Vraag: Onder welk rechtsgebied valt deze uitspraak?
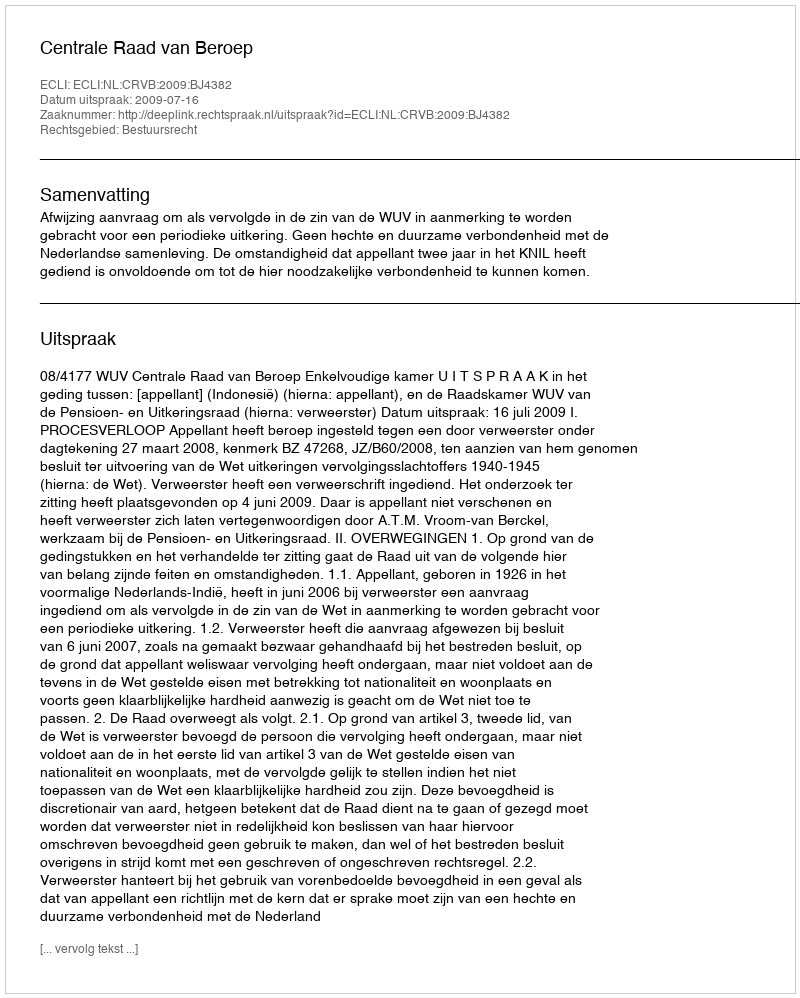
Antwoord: Bestuursrecht